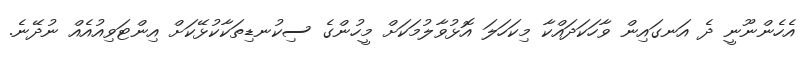
އެހެންނޫނީ ދެ އަނގައިން ވާހަކަދައްކާ މިކަހަލަ އޮޅުވާލުމަކަށް މީހުންގެ ސިކުނޑިތަކާކުޅޭކަށް އިންޓަވިއުއެއް ނުދޭނެ.